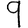
Digit: 9